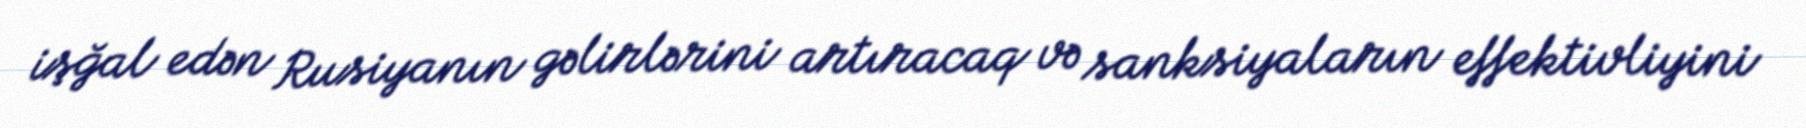
işğal edən Rusiyanın gəlirlərini artıracaq və sanksiyaların effektivliyini